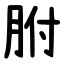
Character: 胕